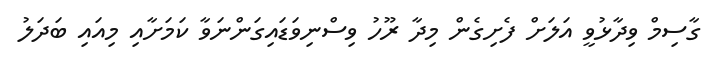
ގާސިމް ވިދާޅުވީ އަލަށް ފެށިގެން މިދާ ރޫހު ވިސްނިވަޑައިގަންނަވާ ކަމަށާއި މިއައި ބަދަލު